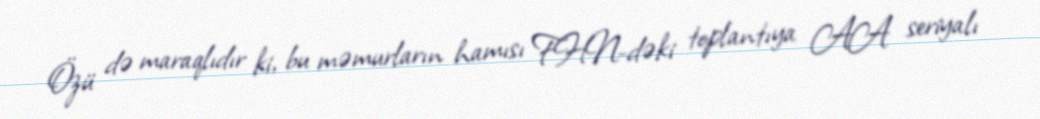
Özü də maraqlıdır ki, bu məmurların hamısı FHN-dəki toplantıya AA seriyalı